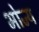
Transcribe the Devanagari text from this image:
भोज्‍य